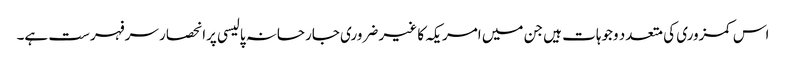
اس کمزوری کی متعدد وجوہات ہیں جن میں امریکہ کا غیر ضروری جارحانہ پالیسی پرانحصار سرفہرست ہے۔